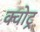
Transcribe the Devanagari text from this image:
क्वोट्र